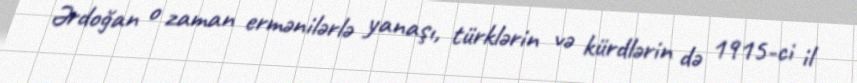
Ərdoğan o zaman ermənilərlə yanaşı, türklərin və kürdlərin də 1915-ci il